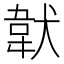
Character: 𩎓